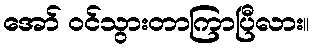
အော် ဝင်သွားတာကြာပြီလား။